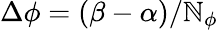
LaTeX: \Delta\phi=(\beta-\alpha)/\mathbb{N}_{\phi}